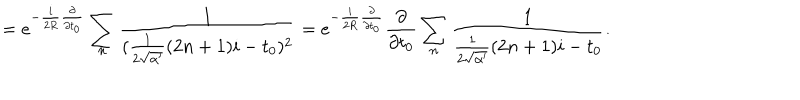
LaTeX: = e ^ { - \frac { i } { 2 R } \frac { \partial } { \partial t _ { 0 } } } \sum _ { n } \frac { 1 } { ( \frac { 1 } { 2 \sqrt { \alpha ^ { \prime } } } ( 2 n + 1 ) i - t _ { 0 } ) ^ { 2 } } = e ^ { - \frac { i } { 2 R } \frac { \partial } { \partial t _ { 0 } } } \frac { \partial } { \partial t _ { 0 } } \sum _ { n } \frac { 1 } { \frac { 1 } { 2 \sqrt { \alpha ^ { \prime } } } ( 2 n + 1 ) i - t _ { 0 } } .